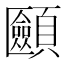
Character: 𩕿